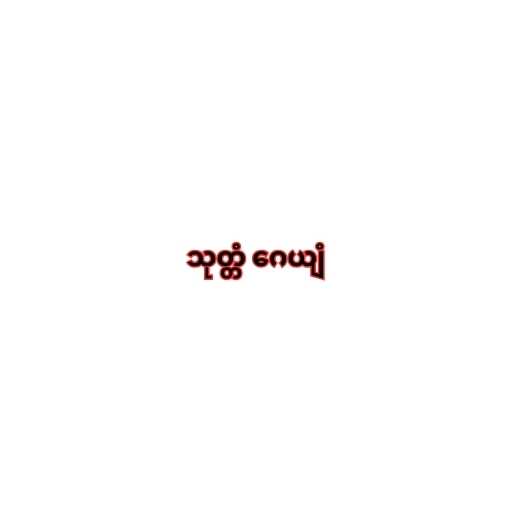
သုတ္တံ ဂေယျံ